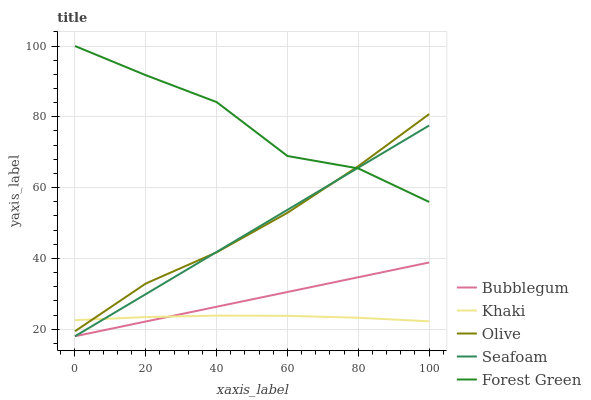
| xaxis_label | Bubblegum | Khaki | Olive | Seafoam | Forest Green |
 | --- | --- | --- | --- | --- | --- |
 | 0 | 18 | 22.5 | 19.4 | 18 | 100 |
 | 20 | 22.2 | 23.4 | 32.9 | 29.9 | 91.8 |
 | 40 | 26.3 | 23.8 | 41.7 | 41.8 | 84.2 |
 | 60 | 30.5 | 23.8 | 52.9 | 53.7 | 68.9 |
 | 80 | 34.7 | 23.2 | 66 | 65.6 | 65.4 |
 | 100 | 38.8 | 22.2 | 80.8 | 77.5 | 55.9 |